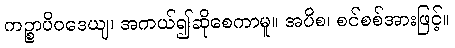
ကဉ္စာပိဝဒေယျ၊ အကယ်၍ဆိုစေကာမူ။ အပိစ၊ စင်စစ်အားဖြင့်။